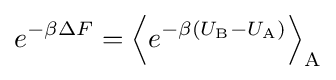
e^{-\beta \Delta F}=\left\langle e^{-\beta (U_{\text{B}}-U_{\text{A}})}\right\rangle _{\text{A}}